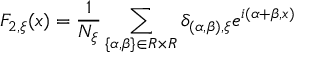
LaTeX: F _ { 2 , \xi } ( x ) = \frac { 1 } { N _ { \xi } } \sum _ { \{ \alpha , \beta \} \in R \times R } \delta _ { ( \alpha , \beta ) , \xi } e ^ { i ( \alpha + \beta , x ) }